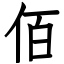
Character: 佰